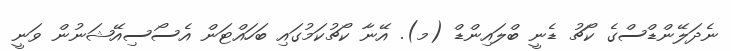
ނެދަލޭންޑްސްގެ ކޯޗު ޑެނީ ބްލައިންޑް (މ). އޭނާ ކޯޗުކަމުގައި ބަހައްޓަން އެސޯސިއޭޝަނުން ވަނީ